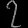
Digit: ၇